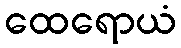
ထေရောယံ